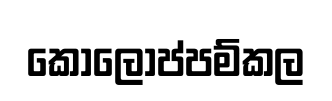
කොලොප්පම්කල